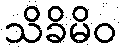
သိခိမိဝ